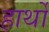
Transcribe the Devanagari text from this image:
हार्थों